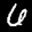
Label: 6